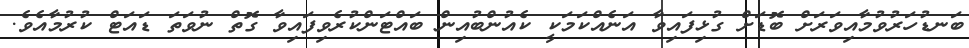
ބަނޑުހަރުވުމާއިވަރަށް ބޮޑަށް ގުޅިފައިވާ އަނެއްކަމަކީ ކެއުންބުއިން ބައްޓަންކުރެވިފައިވާ ގޮތް ނުވަތަ ޑައަޓް ކުރުމާއެވެ.